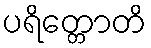
ပရိတ္တောတိ